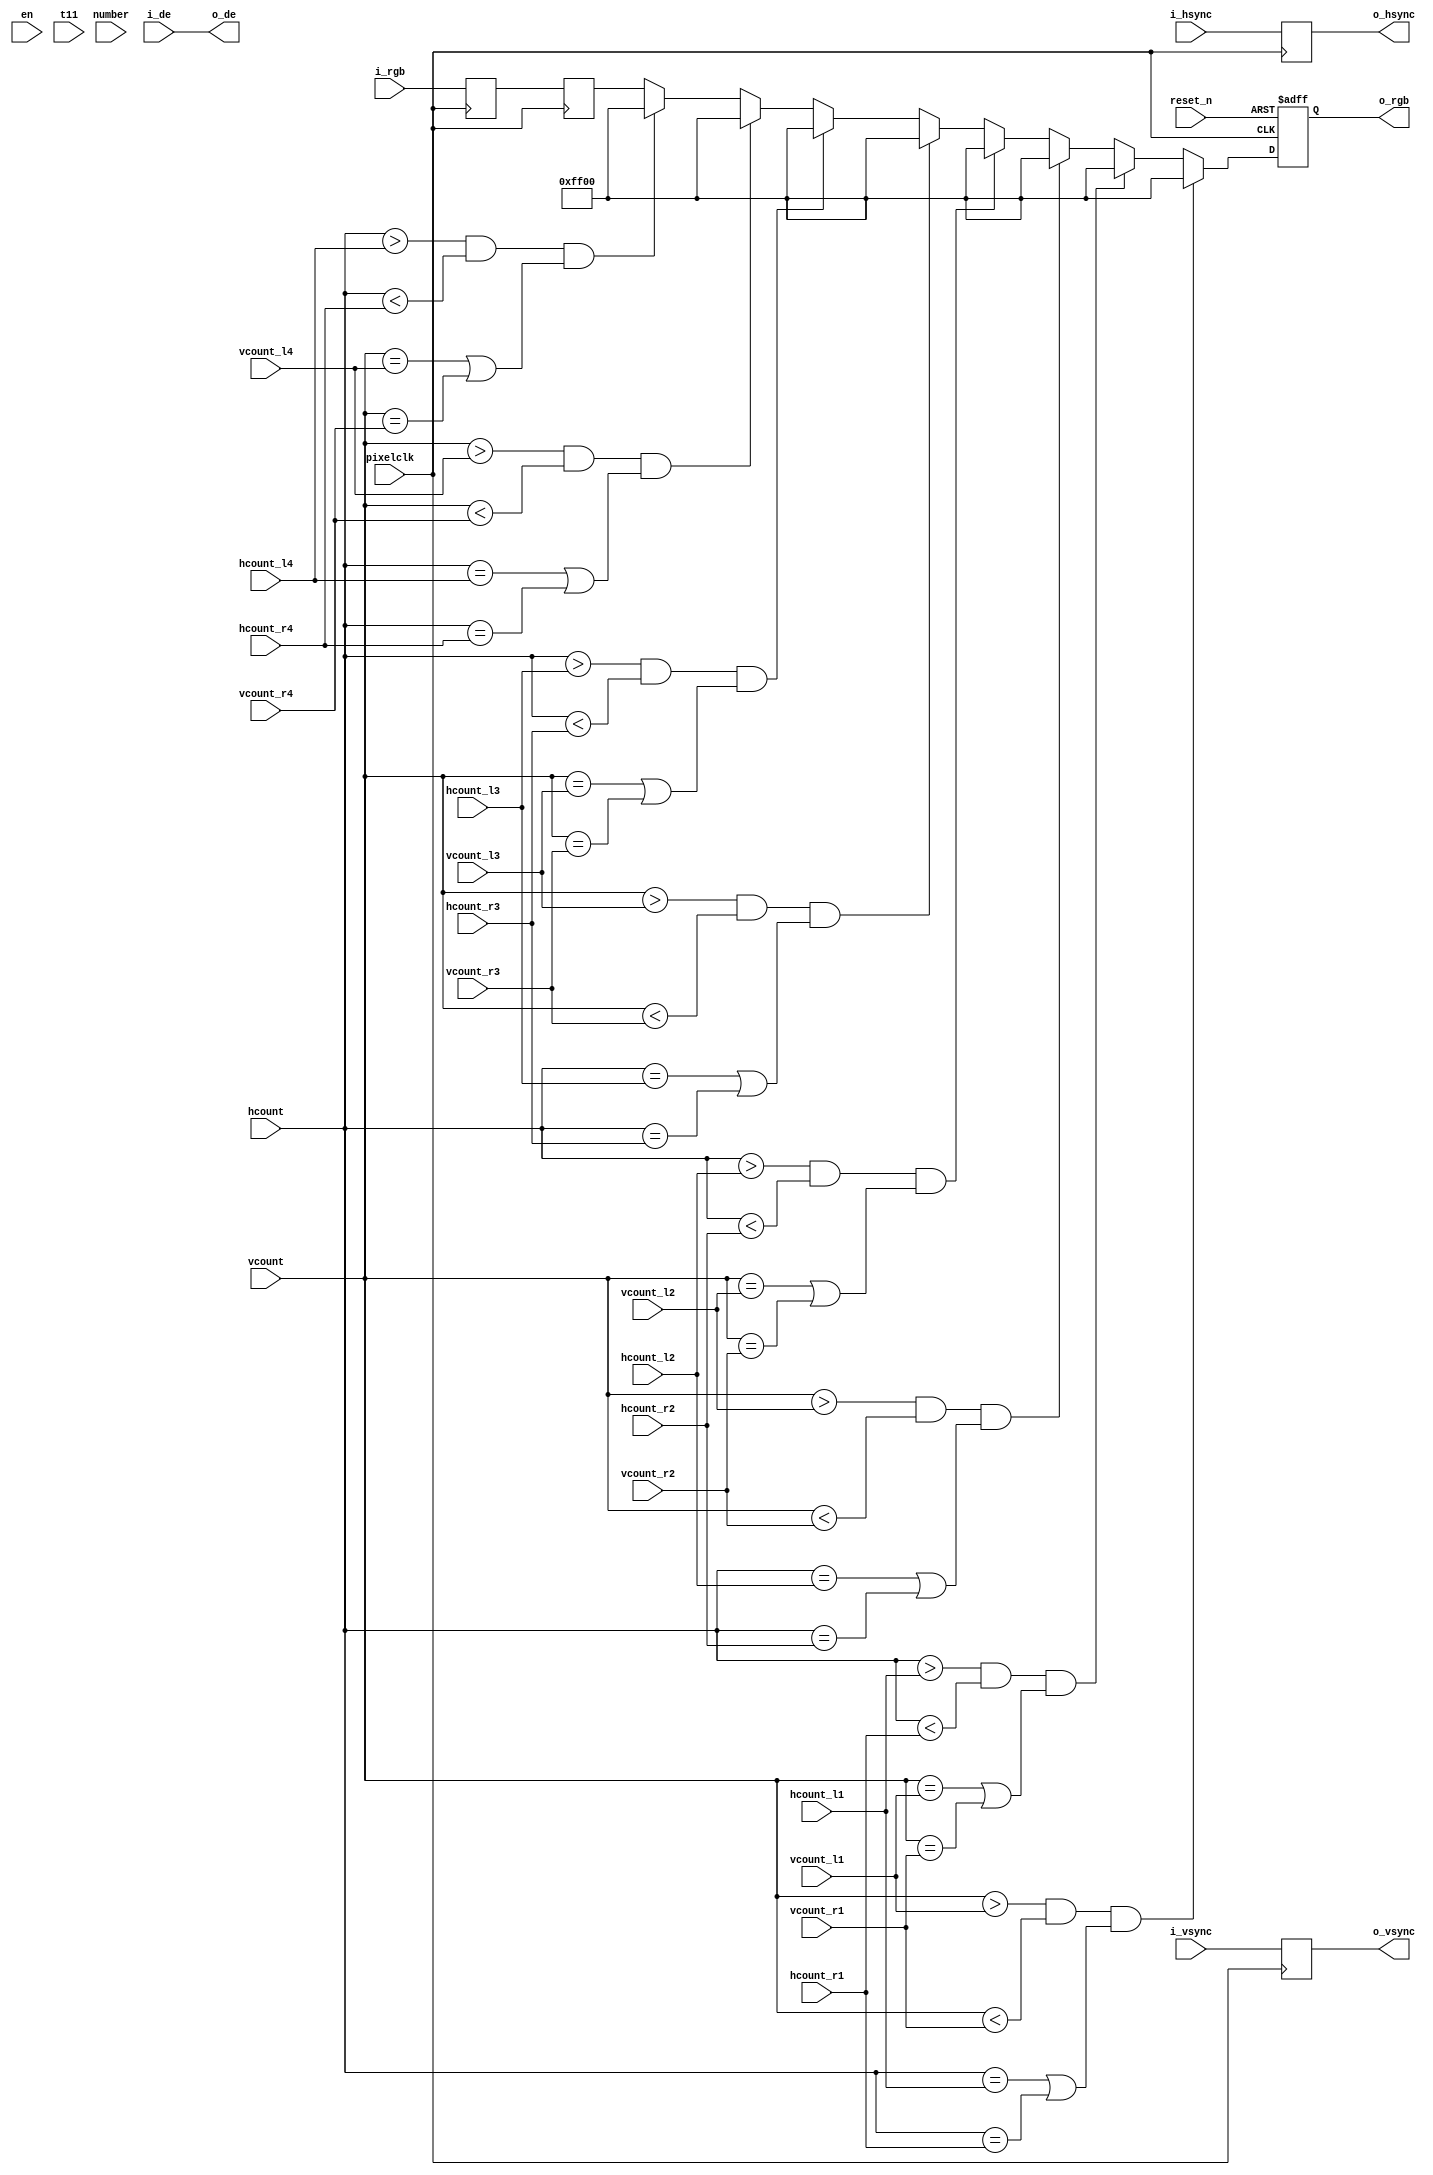

module display(
        
       input						        pixelclk,
	   input                                reset_n,
       input                                en,

       input           [7:0]                t11,
  	   input          [23:0]                i_rgb,
	   input						        i_hsync,
	   input							    i_vsync,
	   input							    i_de,
	   
	   input            [11:0]             hcount,
       input            [11:0]             vcount,
       input            [3:0]	           number,                
	   input            [11:0]             hcount_l1,
       input            [11:0]             hcount_r1,
	   input            [11:0]             hcount_l2,
       input            [11:0]             hcount_r2,
	   input            [11:0]             hcount_l3,
       input            [11:0]             hcount_r3,
	   input            [11:0]             hcount_l4,
       input            [11:0]             hcount_r4,
//	   input            [11:0]             hcount_l5,
//       input            [11:0]             hcount_r5,
//	   input            [11:0]             hcount_l6,
//       input            [11:0]             hcount_r6,
//	   input            [11:0]             hcount_l7,
//       input            [11:0]             hcount_r7,
//	   input            [11:0]             hcount_l8,
//       input            [11:0]             hcount_r8,
                                           
       input            [11:0]             vcount_l1,
       input            [11:0]             vcount_r1,
       input            [11:0]             vcount_l2,
       input            [11:0]             vcount_r2,
       input            [11:0]             vcount_l3,
       input            [11:0]             vcount_r3,
       input            [11:0]             vcount_l4,
       input            [11:0]             vcount_r4,
//       input            [11:0]             vcount_l5,
//       input            [11:0]             vcount_r5,
//       input            [11:0]             vcount_l6,
//       input            [11:0]             vcount_r6,
//       input            [11:0]             vcount_l7,
//       input            [11:0]             vcount_r7,
//       input            [11:0]             vcount_l8,
//       input            [11:0]             vcount_r8,
//
//       input            [23:0]             r_t,
//       input            [7:0]              f1,
//       input            [23:0]             s0,
//       input            [23:0]             s1,
//       input            [23:0]             s2,
//       input            [23:0]             s3,
//       input            [23:0]             s4,
//       input            [23:0]             s5,
//       input            [23:0]             s6,
//       input            [23:0]             s7,
//       input            [23:0]             s8,
//       input            [23:0]             s9,
//       input            [23:0]             s10,
//       input            [23:0]             s11,
//       input            [3:0]              sort,
//       input            [3:0]              sort1,
//       input            [3:0]              sort2,
//       input            [3:0]              sort3,
	   
       output           [23:0]             o_rgb,
	   output							   o_hsync,
	   output							   o_vsync,                                                                                                  
	   output						       o_de




 );


reg[23:0]  i_rgb_r;
reg[23:0]  i_rgb_r1;


reg	   [23:0]             rgb_r;	
reg                       hsync_r;
reg                       vsync_r;
reg                       de_r;
//reg                       en1; 
//reg                       en2;
//reg                       en3;
//reg                       en4;
//reg                       en5; 


//always@(*)begin
//if(number==4'd0) begin 
// en1<=1'b0;
// en2<=1'b0;
// en3<=1'b0;
// en4<=1'b0;
// en5<=1'b0;
//
// end 
// else if(number==4'd1) begin 
// en1<=1'b1;
// en2<=1'b0;
// en3<=1'b0;
// en4<=1'b0;
// en5<=1'b0;
//
// end 
// else if(number==4'd2) begin 
// en1<=1'b1;
// en2<=1'b1;
// en3<=1'b0;
// en4<=1'b0;
// en5<=1'b0;
//
// end 
// else if(number==4'd3) begin 
// en1<=1'b1;
// en2<=1'b1;
// en3<=1'b1;
// en4<=1'b0;
// en5<=1'b0;
//
// end 
// else if(number==4'd4) begin 
// en1<=1'b1;
// en2<=1'b1;
// en3<=1'b1;
// en4<=1'b1;
// en5<=1'b0;
//
// end 
//
// else begin 
// en1<=en1;
// en2<=en2;
// en3<=en3;
// en4<=en4;
// en5<=en5;
//
// end 
//
//end 

//wire [7:0]              written_1;
//wire [7:0]              written_2;
//wire [7:0]              written_3;
//wire [7:0]              written_4;
//
//
//wire                    region_active_out_1;
//wire                    region_active_out_2;
//wire                    region_active_out_3;
//wire                    region_active_out_4;
//
//wire [11:0]             osd_x_1;
//wire [11:0]             osd_x_2;
//wire [11:0]             osd_x_3;
//wire [11:0]             osd_x_4;


// word_control word_control_inst_1(
//    .pixelclk          (pixelclk),
//	.reset_n           (reset_n ),
//	.i_vsync           (i_vsync), 
//	.hcount            (hcount),
//    .vcount            (vcount),       
//	.hcount_l1         (hcount_l1),
//    .hcount_r1         (hcount_r1),
//    .vcount_l1         (vcount_l1),
//    .vcount_r1         (vcount_r1),
//	.hcount_l2         (hcount_l2),
//    .hcount_r2         (hcount_r2),
//    .vcount_l2         (vcount_l2),
//    .vcount_r2         (vcount_r2),
//	.hcount_l3         (hcount_l3),
//    .hcount_r3         (hcount_r3),
//    .vcount_l3         (vcount_l3),
//    .vcount_r3         (vcount_r3),
//	.hcount_l4         (hcount_l4),
//    .hcount_r4         (hcount_r4),
//    .vcount_l4         (vcount_l4),
//    .vcount_r4         (vcount_r4),
//
////	.sort1             (sort),
////	.sort2             (sort1),
////	.sort3             (sort2),
////	.sort4             (sort3),
//
//	.en1               (en1),
//	.en2               (en2),
//	.en3               (en3),
//	.en4               (en4),
//
//   
//	 .written1           (written_1 ),
//	 .written2           (written_2 ),
//	 .written3           (written_3 ),
//	 .written4           (written_4 ),
//
//
//	 .region_active_out1 (region_active_out_1),
//	 .region_active_out2 (region_active_out_2),
//	 .region_active_out3 (region_active_out_3),
//	 .region_active_out4 (region_active_out_4),
//
//
//	 .osd_x1             (osd_x_1),
//	 .osd_x2             (osd_x_2),
//	 .osd_x3             (osd_x_3),
//	 .osd_x4             (osd_x_4)
//
//
// );
//

always @(posedge pixelclk) begin
  hsync_r <= i_hsync;
  vsync_r <= i_vsync;
  de_r    <= i_de;
  i_rgb_r <=i_rgb;
  i_rgb_r1 <=i_rgb_r; 


end

assign o_hsync = hsync_r;
assign o_vsync = vsync_r;
assign o_de    = i_de;
assign o_rgb   = rgb_r; 




always @(posedge pixelclk or negedge reset_n)

 begin

  if(!reset_n)
 
    rgb_r <= 24'h00000;

  else if (vcount>vcount_l1 && vcount<vcount_r1 && ( hcount==hcount_l1 || hcount==hcount_r1 ))

    rgb_r <= 24'h00ff00;

  else if (hcount > hcount_l1 && hcount < hcount_r1 && (vcount== vcount_l1 || vcount== vcount_r1 ))

    rgb_r <= 24'h00ff00;

  else if (vcount>vcount_l2 && vcount<vcount_r2 && ( hcount==hcount_l2 || hcount==hcount_r2 ))

    rgb_r <= 24'h00ff00;

  else if (hcount > hcount_l2 && hcount < hcount_r2 && (vcount== vcount_l2 || vcount== vcount_r2 ))

    rgb_r <= 24'h00ff00;

  else if (vcount>vcount_l3 && vcount<vcount_r3 && ( hcount==hcount_l3 || hcount==hcount_r3 ))

    rgb_r <= 24'h00ff00;

  else if (hcount > hcount_l3 && hcount < hcount_r3 && (vcount== vcount_l3 || vcount== vcount_r3 ))

    rgb_r <= 24'h00ff00;

  else if (vcount>vcount_l4 && vcount<vcount_r4 && ( hcount==hcount_l4 || hcount==hcount_r4 ))

    rgb_r <= 24'h00ff00;

  else if (hcount > hcount_l4 && hcount < hcount_r4 && (vcount== vcount_l4 || vcount== vcount_r4))

    rgb_r <= 24'h00ff00; 


// else  if(region_active_out_1== 1'b1)
//         begin 
//	           begin                     
//                    if(written_1[osd_x_1[2:0]] == 1'b1)
//			           rgb_r <= 24'hff0000;
//                  	  else
//			            rgb_r<= i_rgb_r1;
//                       end   
//	       end
//  else  if(region_active_out_2== 1'b1)
//         begin 
//	           begin                     
//                    if(written_2[osd_x_2[2:0]] == 1'b1)
//			           rgb_r <= 24'hff0000;
//                  	  else
//			            rgb_r<= i_rgb_r1;
//                       end   
//	       end
// else  if(region_active_out_3== 1'b1)
//         begin 
//	           begin                     
//                    if(written_3[osd_x_3[2:0]] == 1'b1)
//			           rgb_r <= 24'hff0000;
//                  	  else
//			            rgb_r<= i_rgb_r1;
//                       end   
//	       end

// else  if(region_active_out_4== 1'b1)
//         begin 
//	           begin                     
//                    if(written_4[osd_x_4[2:0]] == 1'b1)
//			           rgb_r <= 24'hff0000;
//                  	  else
//			            rgb_r<= i_rgb_r1;
//                       end   
//	       end

   
 else  rgb_r <=  i_rgb_r1;
     
 end



endmodule